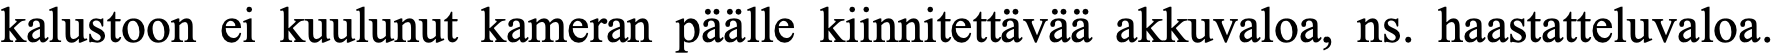
kalustoon ei kuulunut kameran päälle kiinnitettävää akkuvaloa, ns. haastatteluvaloa.